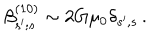
\beta _ { s ^ { \prime } ; s } ^ { ( 1 0 ) } \sim 2 G \mu _ { 0 } \delta _ { s ^ { \prime } , s } \, .